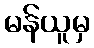
မန်ယူမှ